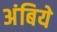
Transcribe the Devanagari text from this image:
अंबिये